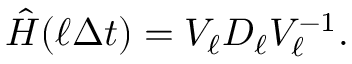
\hat { H } ( \ell \Delta t ) = V _ { \ell } D _ { \ell } V _ { \ell } ^ { - 1 } .